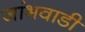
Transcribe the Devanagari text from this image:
जांभवाडी